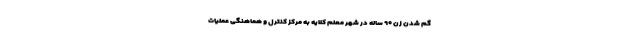
گم شدن زن ۹۰ ساله در شهر معلم کلایه به مرکز کنترل و هماهنگی عملیات